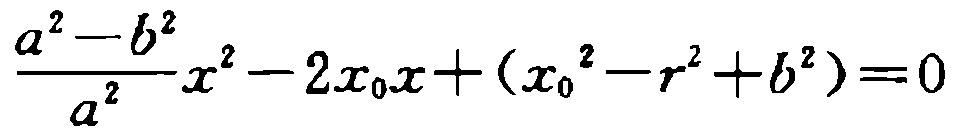
\frac{a^{2}-b^{2}}{a^{2}}x^{2}-2x_{0}x+(x_{0}^{2}-r^{2}+b^{2})=0